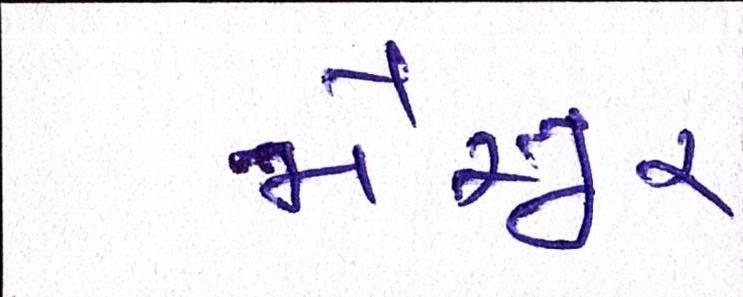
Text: મૈસૂર